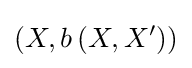
\left(X,b\left(X,X^{\prime }\right)\right)